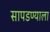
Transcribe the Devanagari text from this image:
सापडण्याला